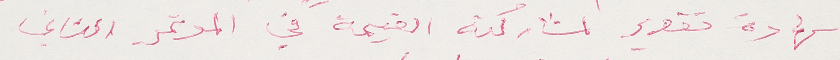
شهادة تقدير لمشاركته القيمة في الموتمر الثاني